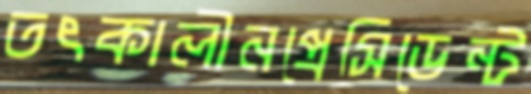
তৎকালীনপ্রেসিডেন্ট